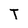
Character: T